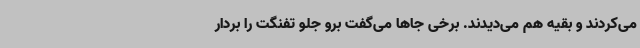
می‌کردند و بقیه هم می‌دیدند. برخی جاها می‌گفت برو جلو تفنگت را بردار